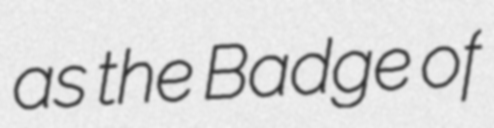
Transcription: as the Badge of